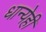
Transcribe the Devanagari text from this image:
धान्येही